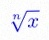
\sqrt[n]{x}